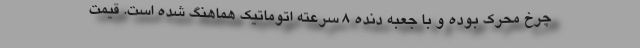
چرخ محرک بوده و با جعبه دنده 8 سرعته اتوماتیک هماهنگ شده است. قیمت